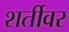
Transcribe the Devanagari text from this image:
शर्तीवर